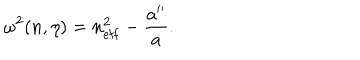
LaTeX: \omega ^ { 2 } ( n , \eta ) = n _ { \mathrm { e f f } } ^ { 2 } - \frac { a ^ { \prime \prime } } { a } .